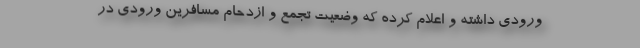
ورودی داشته و اعلام کرده که وضعیت تجمع و ازدحام مسافرین ورودی در